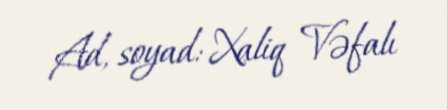
Ad, soyad: Xaliq Vəfalı